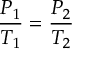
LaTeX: { \frac { P _ { 1 } } { T _ { 1 } } } = { \frac { P _ { 2 } } { T _ { 2 } } }